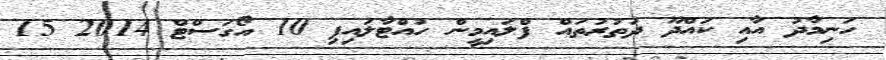
ހަނިމާދު އާއި ކައްދޫ ދަތުރުތައް ފްލައިމީން ހުއްޓާލައިފި 10 އޯގަސްޓް 2014 15